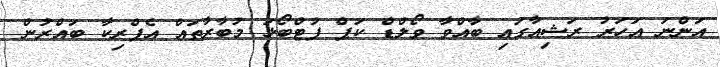
އަންނަ އަހަރު ރަޝިއާގައި ބާއްވާ ވޯލްޑް ކަޕް ފުޓްބޯޅަ މުބާރާތައް އެފްރިކާ ބައްރުން